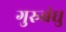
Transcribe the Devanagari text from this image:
गुरुबंधु